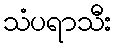
သံပရာသီး